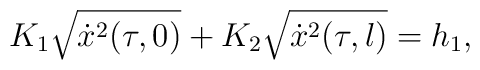
K_1\sqrt{\dot x^2(\tau,0)}+K_2\sqrt{\dot x^2(\tau,l)}=h_1,